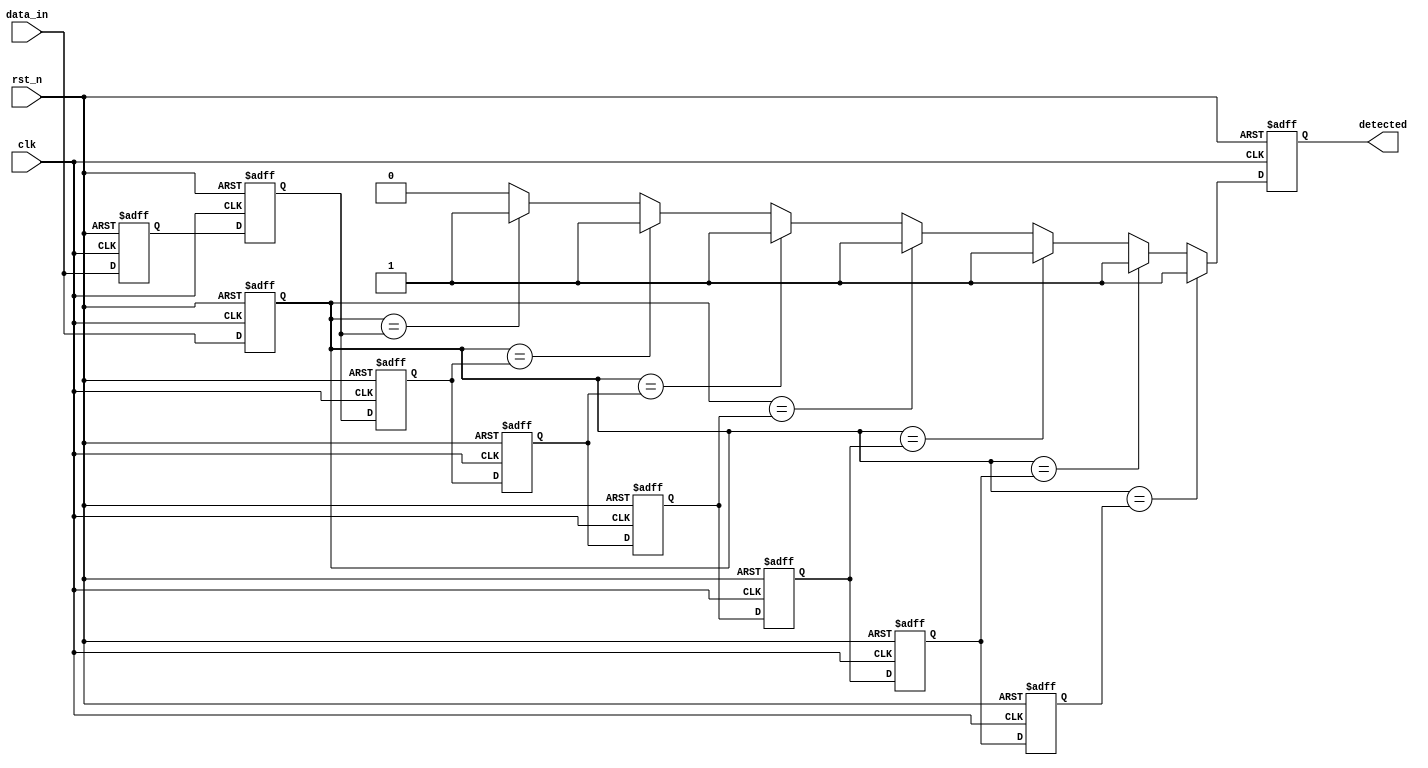
module MemoryBlocksSamplingDelayLineDetector #(
    parameter DATA_WIDTH = 8,         // Width of the input data
    parameter DELAY_LINE_LENGTH = 8,   // Number of memory blocks in the delay line
    parameter SAMPLING_RATE = 10        // Clock frequency for sampling
)(
    input wire clk,                    // Clock signal
    input wire rst_n,                  // Active low reset
    input wire [DATA_WIDTH-1:0] data_in, // Input signal
    output reg detected                // Output signal indicating detection
);

    // Memory blocks (delay line)
    reg [DATA_WIDTH-1:0] delay_line [0:DELAY_LINE_LENGTH-1];

    // Current sample and previous samples
    reg [DATA_WIDTH-1:0] current_sample;
    integer i;

    // Comparator logic
    always @(posedge clk or negedge rst_n) begin
        if (!rst_n) begin
            // Reset all memory blocks and output
            for (i = 0; i < DELAY_LINE_LENGTH; i = i + 1) begin
                delay_line[i] <= 0;
            end
            detected <= 0;
            current_sample <= 0;
        end else begin
            // Shift the delay line
            for (i = DELAY_LINE_LENGTH-1; i > 0; i = i - 1) begin
                delay_line[i] <= delay_line[i-1];
            end
            // Store the current sample in the first memory block
            delay_line[0] <= data_in;
            current_sample <= data_in;

            // Comparator logic: Example condition for detection
            // Here we check if the current sample is equal to any of the previous samples
            detected <= 0; // Default to no detection
            for (i = 1; i < DELAY_LINE_LENGTH; i = i + 1) begin
                if (current_sample == delay_line[i]) begin
                    detected <= 1; // Set detected if a match is found
                end
            end
        end
    end

endmodule